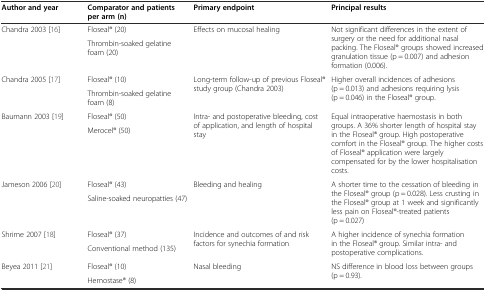
| Author and year | Comparator and patients per arm (n) | Primary endpoint | Principal results |
 | --- | --- | --- | --- |
 | <ROWSPAN=2> Chandra 2003[16] | Floseal® (20) | <ROWSPAN=2> Effects on mucosal healing | <ROWSPAN=2> Not significant differences in the extent of surgery or the need for additional nasal packing. The Floseal® groups showed increased granulation tissue (p = 0.007) and adhesion formation (0.006). |
 | Thrombin-soaked gelatine foam (20) |
 | <ROWSPAN=2> Chandra 2005[17] | Floseal® (10) | <ROWSPAN=2> Long-term follow-up of previous Floseal® study group (Chandra 2003) | <ROWSPAN=2> Higher overall incidences of adhesions (p = 0.013) and adhesions requiring lysis (p = 0.046) in the Floseal® group. |
 | Thrombin-soaked gelatine foam (8) |
 | <ROWSPAN=2> Baumann 2003[19] | Floseal® (50) | <ROWSPAN=2> Intra- and postoperative bleeding, cost of application, and length of hospital stay | <ROWSPAN=2> Equal intraoperative haemostasis in both groups. A 36% shorter length of hospital stay in the Floseal® group. High postoperative comfort in the Floseal® group. The higher costs of Floseal® application were largely compensated for by the lower hospitalisation costs. |
 | Merocel® (50) |
 | <ROWSPAN=2> Jameson 2006[20] | Floseal® (43) | <ROWSPAN=2> Bleeding and healing | <ROWSPAN=2> A shorter time to the cessation of bleeding in the Floseal® group (p = 0.028). Less crusting in the Floseal® group at 1 week and significantly less pain on Floseal®-treated patients (p = 0.027) |
 | Saline-soaked neuropatties (47) |
 | <ROWSPAN=2> Shrime 2007[18] | Floseal® (37) | <ROWSPAN=2> Incidence and outcomes of and risk factors for synechia formation | <ROWSPAN=2> A higher incidence of synechia formation in the Floseal® group. Similar intra- and postoperative complications. |
 | Conventional method (135) |
 | <ROWSPAN=2> Beyea 2011[21] | Floseal® (10) | <ROWSPAN=2> Nasal bleeding | <ROWSPAN=2> NS difference in blood loss between groups (p = 0.93). |
 | Hemostase® (8) |